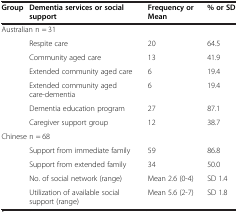
| Group | Dementia services or social support | Frequency or Mean | % or SD |
 | --- | --- | --- | --- |
 | <COLSPAN=4> Australian n = 31 |
 |  | Respite care | 20 | 64.5 |
 |  | Community aged care | 13 | 41.9 |
 |  | Extended community aged care | 6 | 19.4 |
 |  | Extended community aged care-dementia | 6 | 19.4 |
 |  | Dementia education program | 27 | 87.1 |
 |  | Caregiver support group | 12 | 38.7 |
 | <COLSPAN=4> Chinese n = 68 |
 |  | Support from immediate family | 59 | 86.8 |
 |  | Support from extended family | 34 | 50.0 |
 |  | No. of social network (range) | Mean 2.6 (0-4) | SD 1.4 |
 |  | Utilization of available social support (range) | Mean 5.6 (2-7) | SD 1.8 |